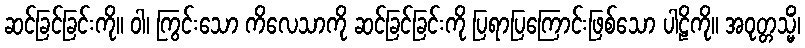
ဆင်ခြင်ခြင်းကို။ ဝါ၊ ကြွင်းသော ကိလေသာကို ဆင်ခြင်ခြင်းကို ပြရာပြကြောင်းဖြစ်သော ပါဠိကို။ အဝုတ္တသ္မိံ၊